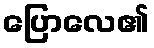
ပြောလေ၏